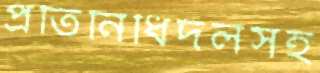
প্রতিনিধিদলসহ